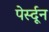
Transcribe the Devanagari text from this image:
पेर्स्दून